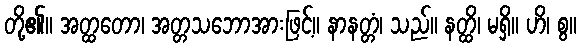
တို့၏။ အတ္ထတော၊ အတ္တသဘောအားဖြင့်။ နာနတ္တံ၊ သည်။ နတ္ထိ၊ မရှိ။ ဟိ၊ စွ။